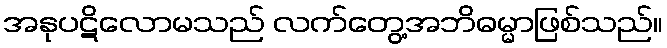
အနုပဋိလောမသည် လက်တွေ့အဘိဓမ္မာဖြစ်သည်။